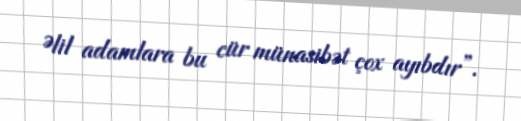
Əlil adamlara bu cür münasibət çox ayıbdır”.